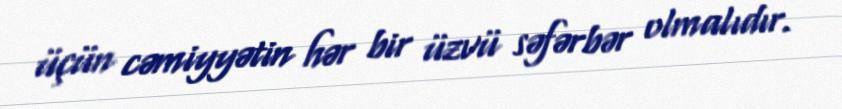
üçün cəmiyyətin hər bir üzvü səfərbər olmalıdır.